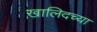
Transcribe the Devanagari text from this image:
खालिदच्या